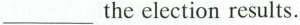
___the election results.